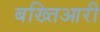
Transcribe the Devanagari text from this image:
बख्तिआरी